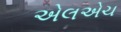
એલએચ